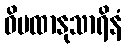
ဝိပထာနုသာရိနံ